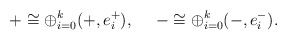
\begin{align*} + \cong \oplus_{i=0}^k (+, e^+_i), \ \ \ \ - \cong \oplus_{i=0}^k (-, e^-_i). \end{align*}